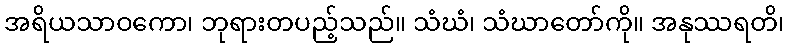
အရိယသာဝကော၊ ဘုရားတပည့်သည်။ သံဃံ၊ သံဃာတော်ကို။ အနုဿရတိ၊